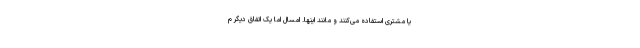
یا مشتری استفاده می‌کنند و مانند اینها. امسال اما یک اتفاق دیگر م